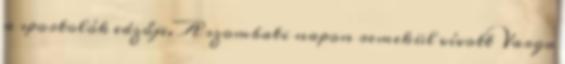
a sportolók edzője. A szombati napon remekül vívott Varga